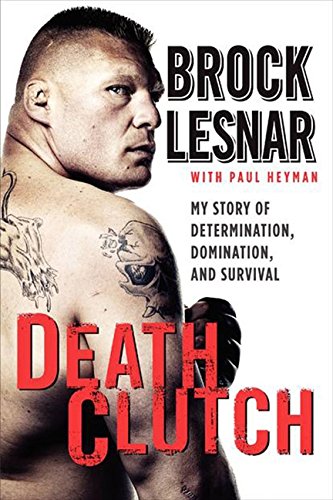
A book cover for Death Clutch: My Story of Determination, Domination, and Survival; Brock Lesnar; Biographies & Memoirs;